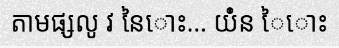
តាមផ្សលូ វ នៃោះ... យំ់ន ៃោះ